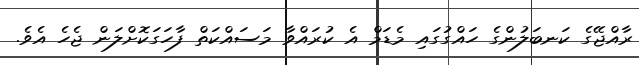
ރާއްޖޭގެ ކަނބަލުންގެ ހައްގުގައި މެޑަމް އެ ކުރައްވާ މަސައްކަތް ފާހަގަކޮށްލަން ޖެހެ އެވެ.